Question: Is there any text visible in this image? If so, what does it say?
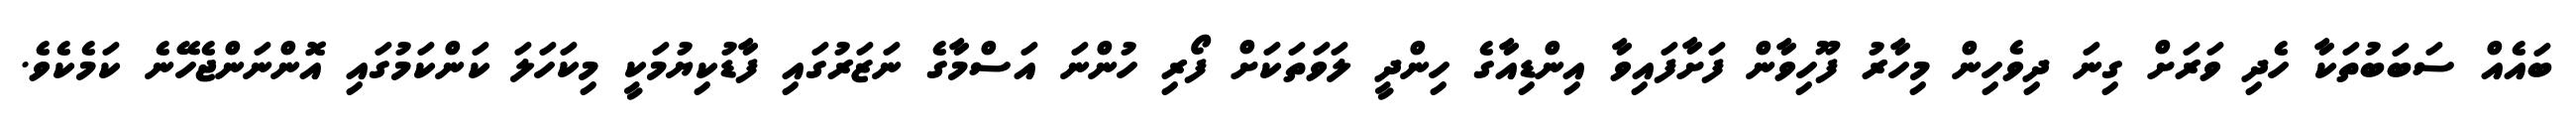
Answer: ބައެއް ސަބަބުތަކާ ހެދި ވަރަށް ގިނަ ދިވެހިން މިހާރު ފޫހިވާން ފަށާފައިވާ އިންޑިއާގެ ހިންދީ ލަވަތަކަށް ފޯރި ހުންނަ އަސްމާގެ ނަޒަރުގައި ފާޑުކިޔުމަކީ މިކަހަލަ ކަންކަމުގައި އޮންނަންޖެހޭނެ ކަމެކެވެ.